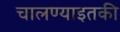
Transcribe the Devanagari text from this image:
चालण्याइतकी